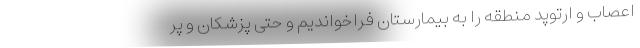
اعصاب و ارتوپد منطقه را به بیمارستان فراخواندیم و حتی پزشکان و پر